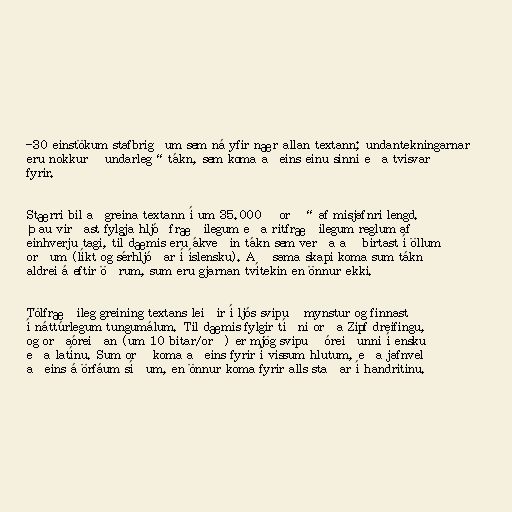
-30 einstökum stafbrigðum sem ná yfir nær allan textann; undantekningarnar
eru nokkur „undarleg“ tákn, sem koma aðeins einu sinni eða tvisvar
fyrir.

Stærri bil aðgreina textann í um 35.000 „orð“ af misjafnri lengd.
Þau virðast fylgja hljóðfræðilegum eða ritfræðilegum reglum af
einhverju tagi, til dæmis eru ákveðin tákn sem verða að birtast í öllum
orðum (líkt og sérhljóðar í íslensku). Að sama skapi koma sum tákn
aldrei á eftir öðrum, sum eru gjarnan tvítekin en önnur ekki.

Tölfræðileg greining textans leiðir í ljós svipuð mynstur og finnast
í náttúrlegum tungumálum. Til dæmis fylgir tíðni orða Zipf dreifingu,
og orðaóreiðan (um 10 bitar/orð) er mjög svipuð óreiðunni í ensku
eða latínu. Sum orð koma aðeins fyrir í vissum hlutum, eða jafnvel
aðeins á örfáum síðum, en önnur koma fyrir alls staðar í handritinu.